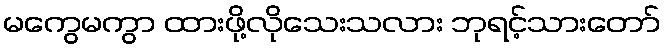
မကွေမကွာ ထားဖို့လိုသေးသလား ဘုရင့်သားတော်